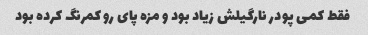
فقط کمی پودر نارگیلش زیاد بود و مزه پای رو کمرنگ کرده بود